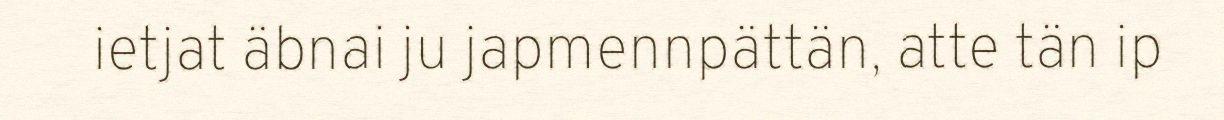
ietjat äbnai ju japmennpättän, atte tän ip